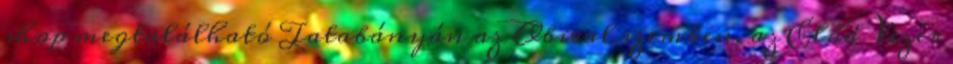
shop megtalálható Tatabányán az Obival szemben, az Előd Vezér